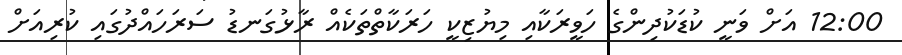
12:00 އަށް ވަނީ ކުޑަކުދިންގެ ހަވީރަކާއި މިޔުޒިކީ ހަރަކާތްތަކެއް ރާޅުގަނޑު ސަރަހައްދުގައި ކުރިއަށް